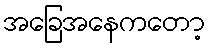
အခြေအနေကတော့